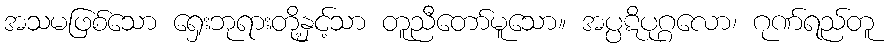
အသမဖြစ်သော ရှေးဘုရားတို့နှင့်သာ တူညီတော်မူသော။ အပ္ပဋိပုဂ္ဂလော၊ ဂုဏ်ရည်တူ